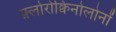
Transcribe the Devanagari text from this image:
फ़्लोरोक्विनोलोनों